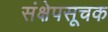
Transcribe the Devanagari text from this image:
संक्षेपसूचक